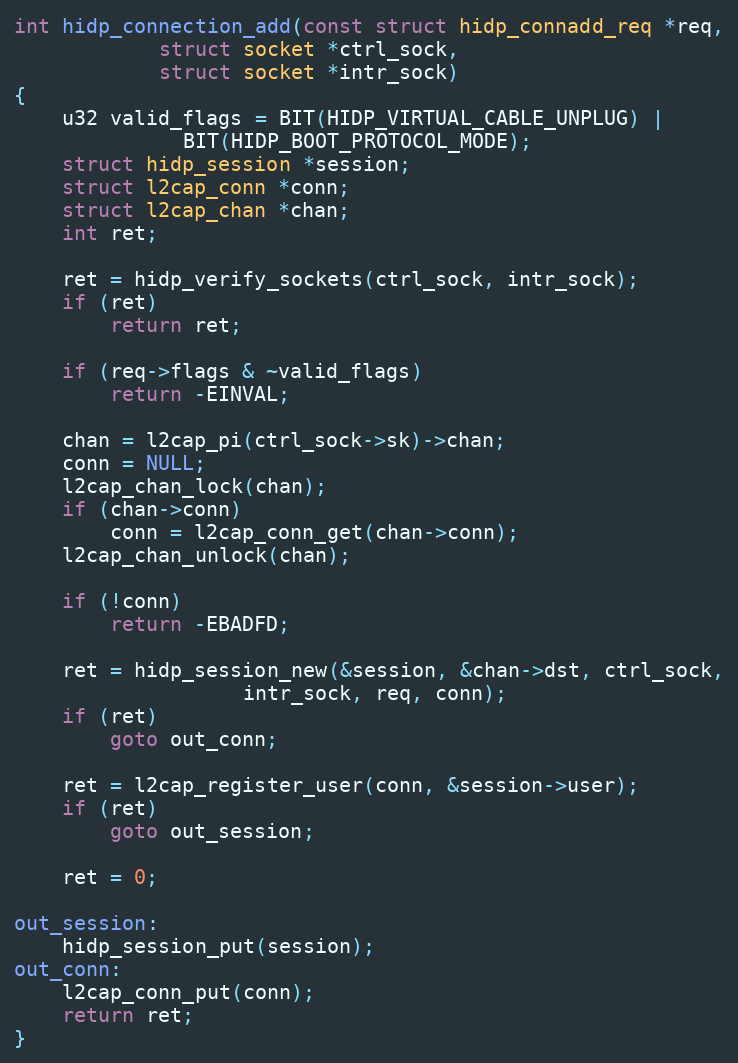
Language: C
int hidp_connection_add(const struct hidp_connadd_req *req,
			struct socket *ctrl_sock,
			struct socket *intr_sock)
{
	u32 valid_flags = BIT(HIDP_VIRTUAL_CABLE_UNPLUG) |
			  BIT(HIDP_BOOT_PROTOCOL_MODE);
	struct hidp_session *session;
	struct l2cap_conn *conn;
	struct l2cap_chan *chan;
	int ret;

	ret = hidp_verify_sockets(ctrl_sock, intr_sock);
	if (ret)
		return ret;

	if (req->flags & ~valid_flags)
		return -EINVAL;

	chan = l2cap_pi(ctrl_sock->sk)->chan;
	conn = NULL;
	l2cap_chan_lock(chan);
	if (chan->conn)
		conn = l2cap_conn_get(chan->conn);
	l2cap_chan_unlock(chan);

	if (!conn)
		return -EBADFD;

	ret = hidp_session_new(&session, &chan->dst, ctrl_sock,
			       intr_sock, req, conn);
	if (ret)
		goto out_conn;

	ret = l2cap_register_user(conn, &session->user);
	if (ret)
		goto out_session;

	ret = 0;

out_session:
	hidp_session_put(session);
out_conn:
	l2cap_conn_put(conn);
	return ret;
}